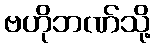
ဗဟိုဘဏ်သို့